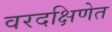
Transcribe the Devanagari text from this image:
वरदक्षिणेत